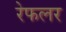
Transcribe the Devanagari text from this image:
रेफलर